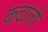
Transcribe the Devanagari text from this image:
कटाली